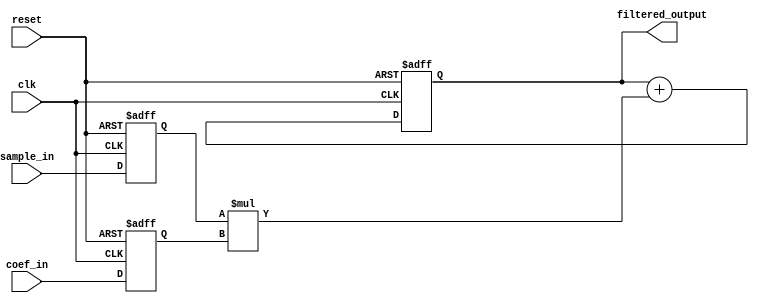
module FIR_filter(
    input wire clk,
    input wire reset,
    input wire [7:0] sample_in,
    input wire [7:0] coef_in,
    output reg [15:0] filtered_output
);

reg [15:0] accumulator;
reg [7:0] sample_reg;
reg [7:0] coef_reg;

always @(posedge clk or posedge reset) begin
    if (reset) begin
        accumulator <= 16'd0;
        sample_reg <= 8'd0;
        coef_reg <= 8'd0;
    end else begin
        sample_reg <= sample_in;
        coef_reg <= coef_in;
        
        accumulator <= accumulator + (sample_reg * coef_reg);
    end
end

assign filtered_output = accumulator;

endmodule